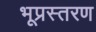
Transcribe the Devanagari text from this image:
भूप्रस्तरण